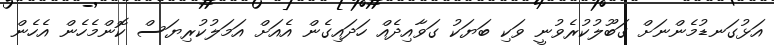
އަޅުގަނޑުމެންނަށް ގަބޫލުކުރެވުނީ ވަކި ބަޔަކު ގަވާއިދެއް ހަދައިގެން އެއަށް އަމަލުކުރިޔަސް ކޮންމެހެން އެހެން